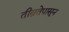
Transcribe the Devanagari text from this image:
तीव्रतेपासून